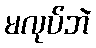
မလုပ်ဘဲ